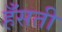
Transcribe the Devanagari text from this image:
हँसती